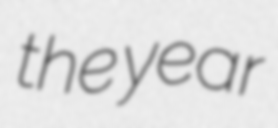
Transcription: the year